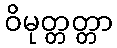
ဝိမုတ္တတ္တာ